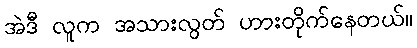
အဲဒီ လူက အသားလွတ် ဟားတိုက်နေတယ်။